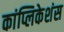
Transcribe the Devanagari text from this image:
कांप्लिकेशंस